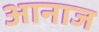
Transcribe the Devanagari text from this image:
आनाज